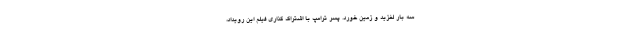
سه بار لغزید و زمین خورد. پسر ترامپ با اشتراک گذاری فیلم این رویداد،